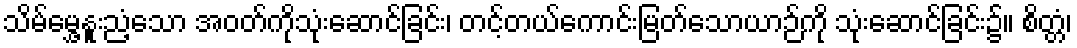
သိမ်မွှေ့နူးညံ့သော အဝတ်ကိုသုံးဆောင်ခြင်း၊ တင့်တယ်ကောင်းမြတ်သောယာဉ်ကို သုံးဆောင်ခြင်း၌။ စိတ္တံ၊